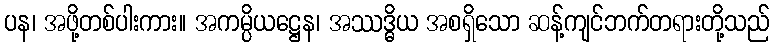
ပန၊ အဖို့တစ်ပါးကား။ အကမ္ပိယဋ္ဌေန၊ အဿဒ္ဓိယ အစရှိသော ဆန့်ကျင်ဘက်တရားတို့သည်